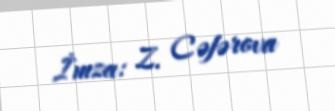
İmza: Z. Cəfərova